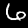
Label: 6